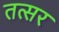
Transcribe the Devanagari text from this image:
तत्सर